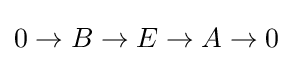
0\rightarrow B\rightarrow E\rightarrow A\rightarrow 0